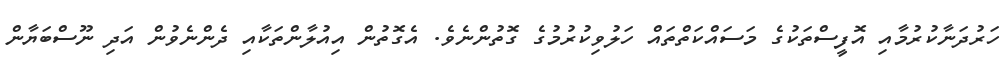
ހަރުދަނާކުރުމާއި އޮފީސްތަކުގެ މަސައްކަތްތައް ހަލުވިކުރުމުގެ ގޮތުންނެވެ. އެގޮތުން އިއުލާންތަކާއި ދެންނެވުން އަދި ނޫސްބަޔާން